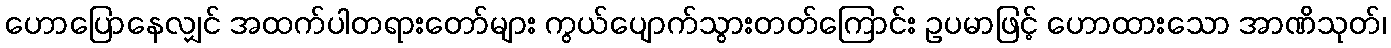
ဟောပြောနေလျှင် အထက်ပါတရားတော်များ ကွယ်ပျောက်သွားတတ်ကြောင်း ဥပမာဖြင့် ဟောထားသော အာဏိသုတ်၊